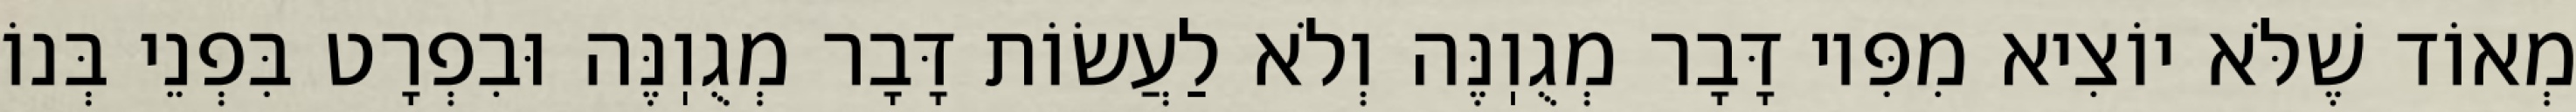
מְאוֹד שֶׁלֹּא יוֹצִיא מִפִּיו דָּבָר מְגֻוֽנֶּה וְלֹא לַעֲשׂוֹת דָּבָר מְגֻוֽנֶּה וּבִפְרָט בִּפְנֵי בְּנוֹ